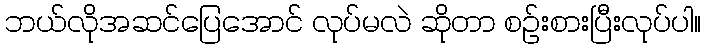
ဘယ်လိုအဆင်ပြေအောင် လုပ်မလဲ ဆိုတာ စဉ်းစားပြီးလုပ်ပါ။